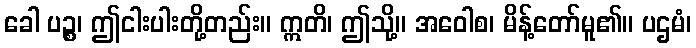
ခေါ ပဉ္စ၊ ဤငါးပါးတို့တည်း။ ဣတိ၊ ဤသို့။ အဝေါစ၊ မိန့်တော်မူ၏။ ပဌမံ၊